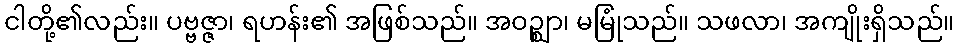
ငါတို့၏လည်း။ ပဗ္ဗဇ္ဇာ၊ ရဟန်း၏ အဖြစ်သည်။ အဝဉ္ဈာ၊ မမြုံသည်။ သဖလာ၊ အကျိုးရှိသည်။